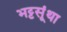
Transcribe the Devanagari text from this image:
भट्टसूंथा